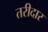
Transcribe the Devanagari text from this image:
तरीदार